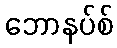
ဘောနပ်စ်